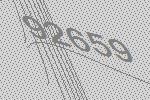
92659